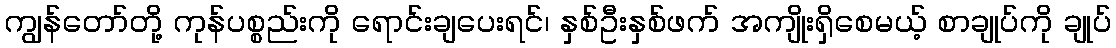
ကျွန်တော်တို့ ကုန်ပစ္စည်းကို ရောင်းချပေးရင်၊ နှစ်ဦးနှစ်ဖက် အကျိုးရှိစေမယ့် စာချုပ်ကို ချုပ်